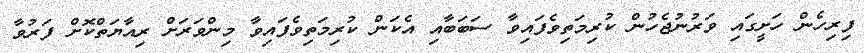
ފިރިހެން ހަށީގައި ވަރުނުޖެހުން ކުރިމަތިވެފައިވާ ސަބަބާއި އެކަން ކުރިމަތިވެފައިވާ މިންވަރަށް ރިއާޔަތްކޮށް ފަރުވާ